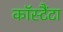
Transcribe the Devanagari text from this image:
कॉस्टैंटा